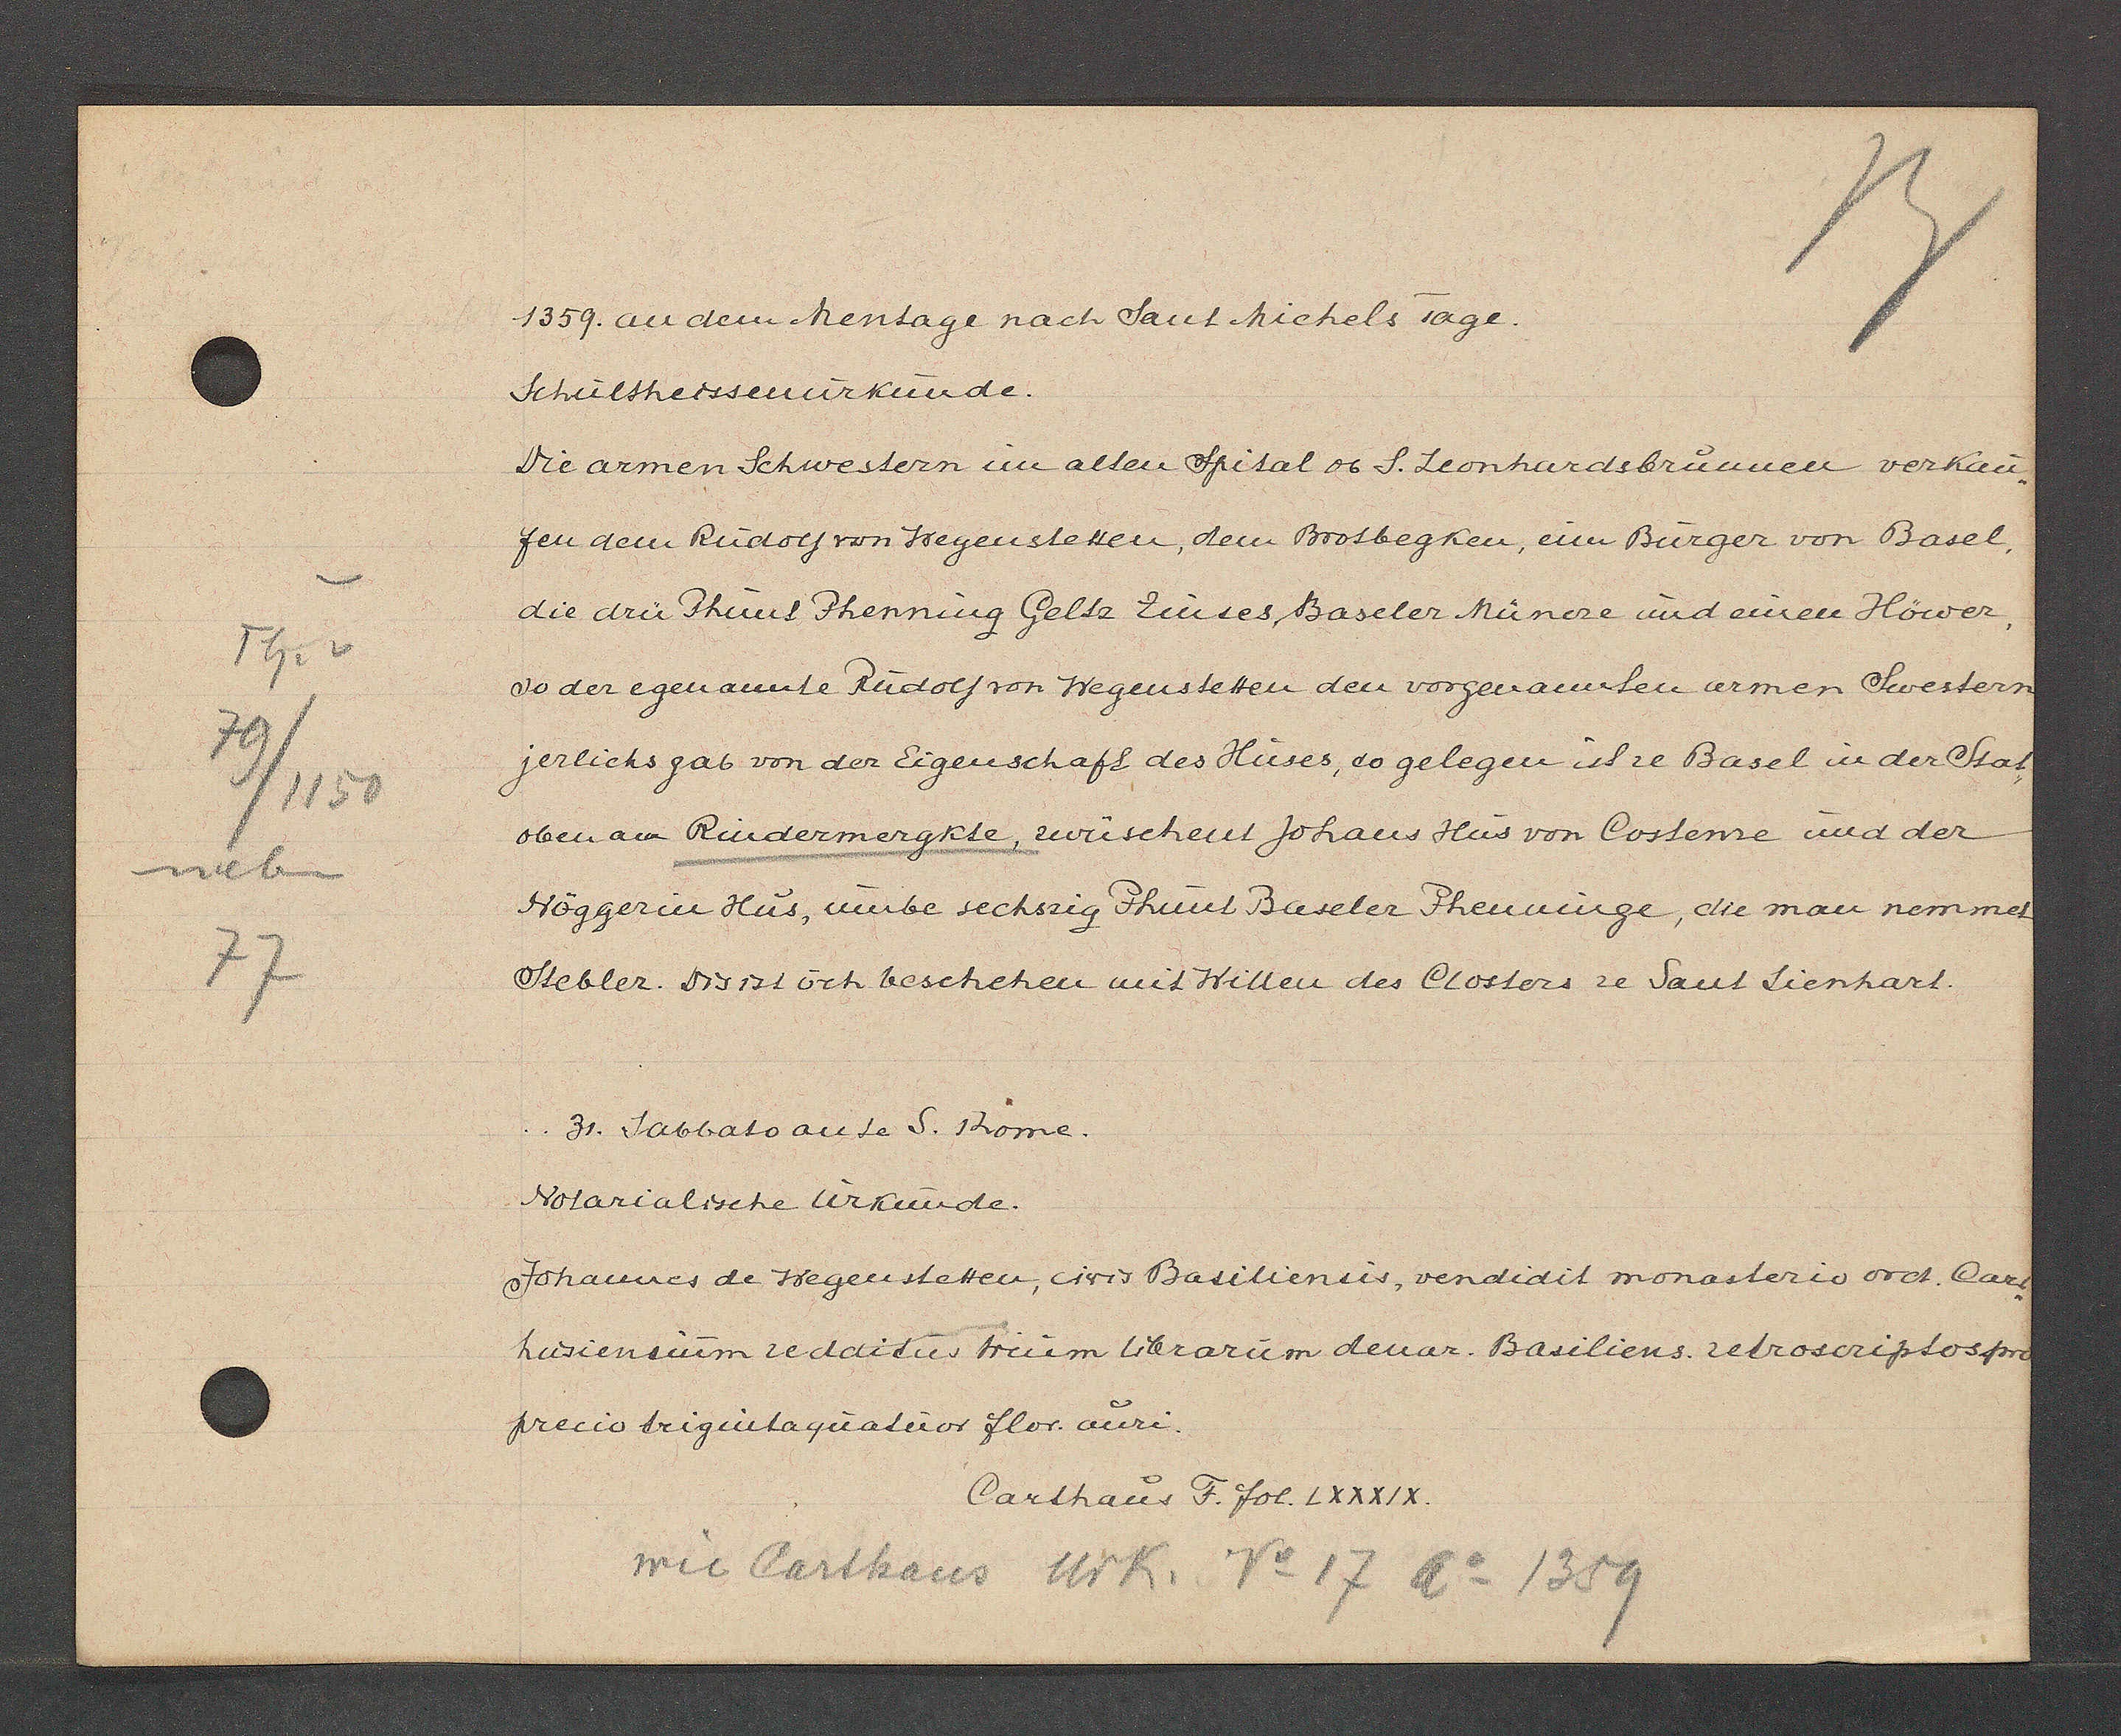
Transcript:
Th.v
79/
/1150
neben
77

1359. an dem hentage nach Sant nichels Tage.

Schultheissenurkunde.
Die armen Schwestern im alten Spital ob S. Leonhardsbrunnnen verkau¬
fen dem Rudolf von Wegenstetten, dem Brosbegken, eim Bürger von Basel,
die drü Phunt Phenning Geltz Zinses, Baseler Münche ind einen Höwer,
so der egenannte Rudolf von Wegenstetten den vorgenannten armen Swestern
jerlichs gab von der Eigenschaft des Huses, so gelegen ist ze Basel ir der Stat
obenan Rindermergkte, zwüschent Johans Hus von Costeme und der
Höggerin Hus, unbe sechzig Phunt Baseler Phenninge, die man nemmet
Stebler. Dis ist öch beschehen mit Willen des Closters ze Sant Lienhart.
3r. Sabbato ande S. thome.
Notarialische Urkunde.
Johannes de Wegenstetter, cisis Basiliensis, vendidit monasterio ord. Cart
husiensium redditus trium librarum denar Basiliens. retroscriptos pro
precio triginta quaduor flor. auri.

Carthaus F. fol. LXXXIX

wie Carthaus Urk. No 17 Ao 1359